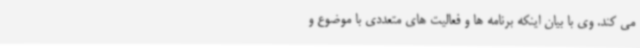
می کند. وی با بیان اینکه برنامه ها و فعالیت های متعددی با موضوع و